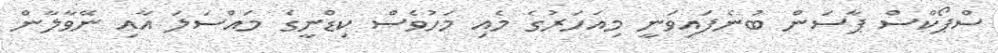
ސްޕޯކްސް ޕާސަން ބުނެފައިވަނީ މިއަހަރުގެ މެއި މަހުވެސް ކިޑްނީގެ މައްސަލަ އާއި ނޭވާލާން